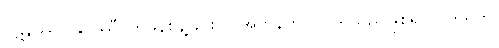
ပဋိနိဿဂ္ဂါနုပဿီ၊ တဖနစွန့်ခြင်းကို အဘန်တလဲလဲရှုသည်ဖြစ်၍။ ဝိဟရတိ၊